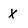
Character: X